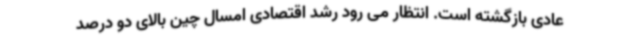
عادی بازگشته است. انتظار می رود رشد اقتصادی امسال چین بالای دو درصد